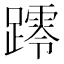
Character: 𨆖